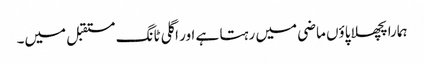
ہمارا پچھلا پاؤں ماضی میں رہتا ہے اور اگلی ٹانگ مستقبل میں۔